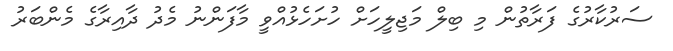
ސަރުކާރުގެ ފަރާތުން މި ބިލް މަޖިލީހަށް ހުށަހެޅުއްވީ މާފަންނު މެދު ދާއިރާގެ މެންބަރު